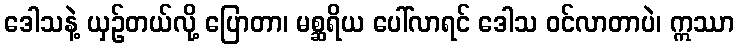
ဒေါသနဲ့ ယှဉ်တယ်လို့ ပြောတာ၊ မစ္ဆရိယ ပေါ်လာရင် ဒေါသ ဝင်လာတာပဲ၊ ဣဿာ